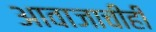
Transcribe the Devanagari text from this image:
आवाजाचीही